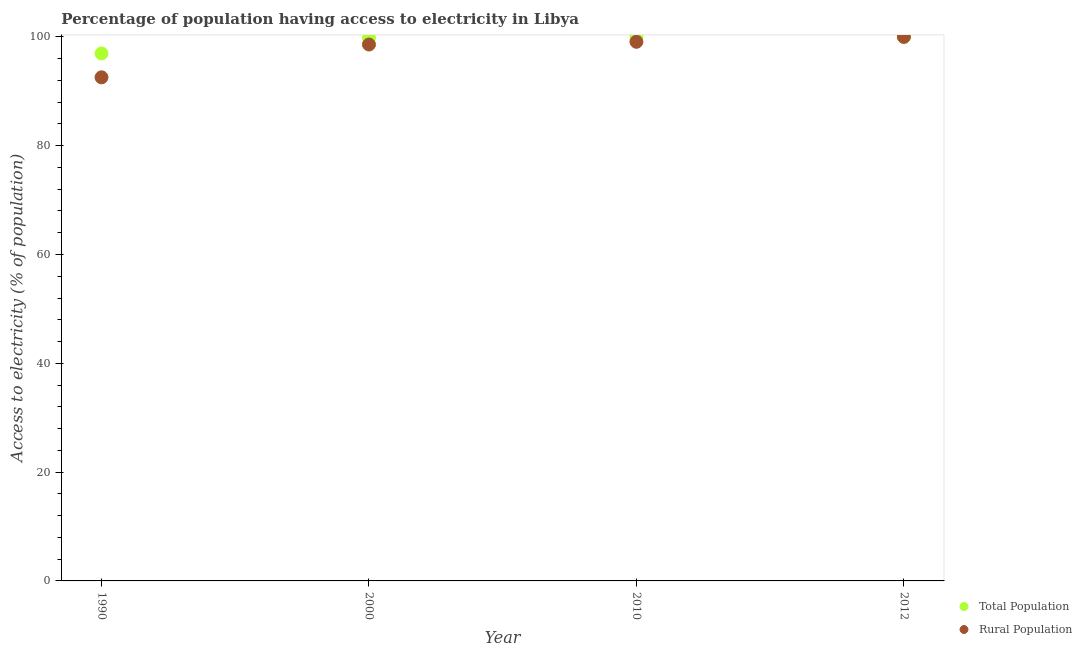
| Year | Total Population | Rural Population |
 | --- | --- | --- |
 | 1990 | 97 | 92.6 |
 | 2000 | 99.8 | 98.6 |
 | 2010 | 100 | 99.1 |
 | 2012 | 100 | 100 |